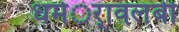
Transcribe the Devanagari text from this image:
धर्मर्ावलंबी